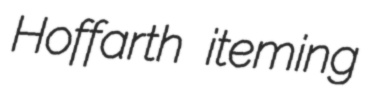
Hoffarth iteming